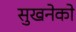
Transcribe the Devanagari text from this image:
सुखनेको